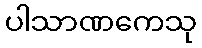
ပါသာဏကေသု